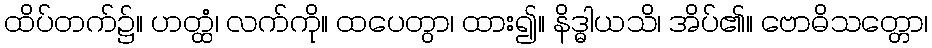
ထိပ်တက်၌။ ဟတ္ထံ၊ လက်ကို။ ထပေတွာ၊ ထား၍။ နိဒ္ဓါယသိ၊ အိပ်၏။ ဗောဓိသတ္တော၊